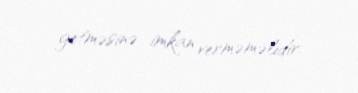
getməsinə imkan verməməlidir.